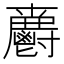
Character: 𲌦